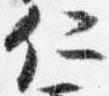
仁